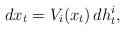
LaTeX: \begin{align*}dx_t = V_i(x_t)\,dh^i_t,\end{align*}